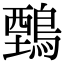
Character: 𪃋